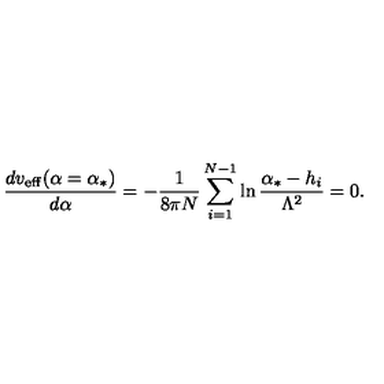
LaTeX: { \frac { d v _ { \mathrm { e f f } } ( \alpha = \alpha _ { * } ) } { d \alpha } } = - { \frac { 1 } { 8 \pi N } } \sum _ { i = 1 } ^ { N - 1 } \ln { \frac { \alpha _ { * } - h _ { i } } { \Lambda ^ { 2 } } } = 0 .